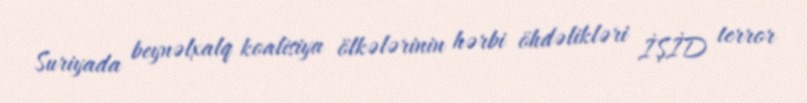
Suriyada beynəlxalq koalisiya ölkələrinin hərbi öhdəlikləri İŞİD terror